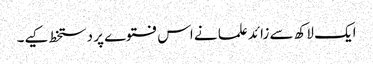
ایک لاکھ سے زائد علما نے اس فتوے پر دستخط کیے۔